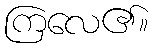
ကြလေ၏။